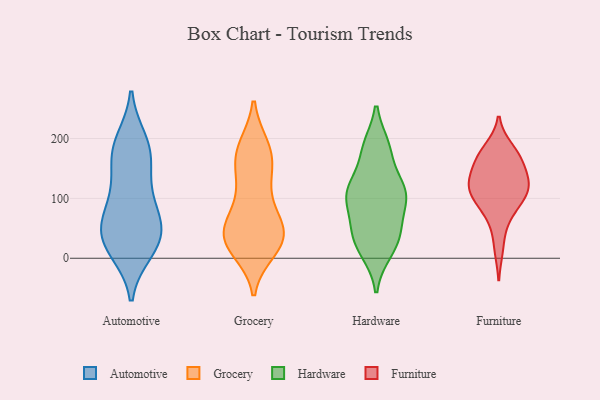
{"axis": {"x": "Market Share (%)", "y": "Value"}, "legend": ["Automotive", "Furniture", "Grocery", "Hardware"], "data": [{"x": "", "y": 181, "type": "Automotive"}, {"x": "", "y": 165, "type": "Automotive"}, {"x": "", "y": 194, "type": "Automotive"}, {"x": "", "y": 25, "type": "Automotive"}, {"x": "", "y": 39, "type": "Automotive"}, {"x": "", "y": 14, "type": "Automotive"}, {"x": "", "y": 68, "type": "Automotive"}, {"x": "", "y": 56, "type": "Automotive"}, {"x": "", "y": 23, "type": "Automotive"}, {"x": "", "y": 177, "type": "Automotive"}, {"x": "", "y": 103, "type": "Automotive"}, {"x": "", "y": 112, "type": "Automotive"}, {"x": "", "y": 50, "type": "Automotive"}, {"x": "", "y": 144, "type": "Grocery"}, {"x": "", "y": 14, "type": "Grocery"}, {"x": "", "y": 80, "type": "Grocery"}, {"x": "", "y": 36, "type": "Grocery"}, {"x": "", "y": 165, "type": "Grocery"}, {"x": "", "y": 48, "type": "Grocery"}, {"x": "", "y": 35, "type": "Grocery"}, {"x": "", "y": 80, "type": "Grocery"}, {"x": "", "y": 185, "type": "Grocery"}, {"x": "", "y": 50, "type": "Grocery"}, {"x": "", "y": 20, "type": "Grocery"}, {"x": "", "y": 26, "type": "Grocery"}, {"x": "", "y": 182, "type": "Grocery"}, {"x": "", "y": 44, "type": "Grocery"}, {"x": "", "y": 147, "type": "Grocery"}, {"x": "", "y": 27, "type": "Grocery"}, {"x": "", "y": 114, "type": "Grocery"}, {"x": "", "y": 186, "type": "Grocery"}, {"x": "", "y": 113, "type": "Hardware"}, {"x": "", "y": 11, "type": "Hardware"}, {"x": "", "y": 13, "type": "Hardware"}, {"x": "", "y": 186, "type": "Hardware"}, {"x": "", "y": 109, "type": "Hardware"}, {"x": "", "y": 51, "type": "Hardware"}, {"x": "", "y": 185, "type": "Hardware"}, {"x": "", "y": 111, "type": "Hardware"}, {"x": "", "y": 101, "type": "Hardware"}, {"x": "", "y": 37, "type": "Hardware"}, {"x": "", "y": 180, "type": "Hardware"}, {"x": "", "y": 108, "type": "Hardware"}, {"x": "", "y": 52, "type": "Hardware"}, {"x": "", "y": 38, "type": "Hardware"}, {"x": "", "y": 94, "type": "Hardware"}, {"x": "", "y": 126, "type": "Hardware"}, {"x": "", "y": 171, "type": "Furniture"}, {"x": "", "y": 150, "type": "Furniture"}, {"x": "", "y": 18, "type": "Furniture"}, {"x": "", "y": 124, "type": "Furniture"}, {"x": "", "y": 80, "type": "Furniture"}, {"x": "", "y": 112, "type": "Furniture"}, {"x": "", "y": 128, "type": "Furniture"}, {"x": "", "y": 182, "type": "Furniture"}, {"x": "", "y": 109, "type": "Furniture"}, {"x": "", "y": 115, "type": "Furniture"}, {"x": "", "y": 101, "type": "Furniture"}, {"x": "", "y": 68, "type": "Furniture"}, {"x": "", "y": 130, "type": "Furniture"}, {"x": "", "y": 169, "type": "Furniture"}, {"x": "", "y": 168, "type": "Furniture"}]}